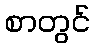
စာတွင်